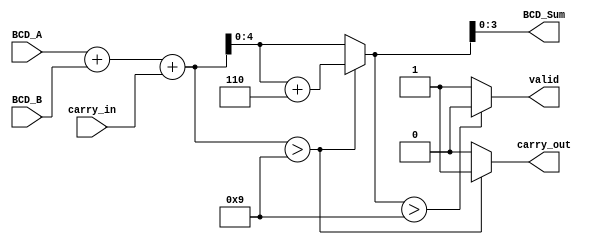
module BCD_Redundant_Binary_Adder (
    input  wire [3:0] BCD_A,       // 4-bit BCD input A
    input  wire [3:0] BCD_B,       // 4-bit BCD input B
    input  wire carry_in,           // 1-bit carry input
    output reg  [3:0] BCD_Sum,      // 4-bit BCD output sum
    output reg carry_out,           // 1-bit carry output
    output reg valid                // 1-bit output validity
);

// Internal signals
wire [4:0] RBin_A;                // Redundant binary representation of A
wire [4:0] RBin_B;                // Redundant binary representation of B
wire [5:0] RBin_Sum;              // Redundant binary sum
wire [4:0] corrected_sum;         // Corrected sum after BCD adjustment

// Convert BCD to Redundant Binary
assign RBin_A = {1'b0, BCD_A};    // Direct mapping (4 bits BCD to 5 bits redundant binary)
assign RBin_B = {1'b0, BCD_B};    // Direct mapping (4 bits BCD to 5 bits redundant binary)

// Perform addition in Redundant Binary
assign RBin_Sum = RBin_A + RBin_B + carry_in;

// BCD Correction Logic
always @(*) begin
    // Initialize outputs
    BCD_Sum = 4'b0000;
    carry_out = 1'b0;
    valid = 1'b1;

    if (RBin_Sum > 5'd9) begin
        corrected_sum = RBin_Sum + 5'd6; // Add 6 if the sum exceeds 9
        carry_out = 1'b1;                 // Set carry out
    end else begin
        corrected_sum = RBin_Sum;         // No correction needed
    end

    // Convert corrected sum back to BCD
    BCD_Sum = corrected_sum[3:0]; // Take the lower 4 bits for BCD output

    // Check validity of BCD output
    if (corrected_sum > 5'd9)
        valid = 1'b0; // If the result exceeds 9, mark as invalid
    else
        valid = 1'b1; // Otherwise, it is valid
end

endmodule